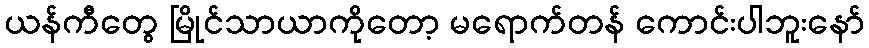
ယန်ကီတွေ မြိုင်သာယာကိုတော့ မရောက်တန် ကောင်းပါဘူးနော်